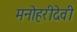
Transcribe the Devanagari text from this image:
मनोहरीदेवी